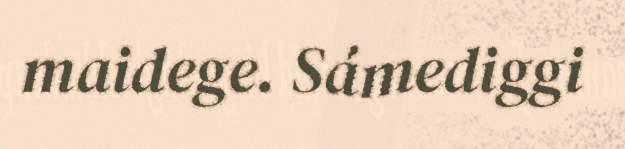
maidege. Sámediggi